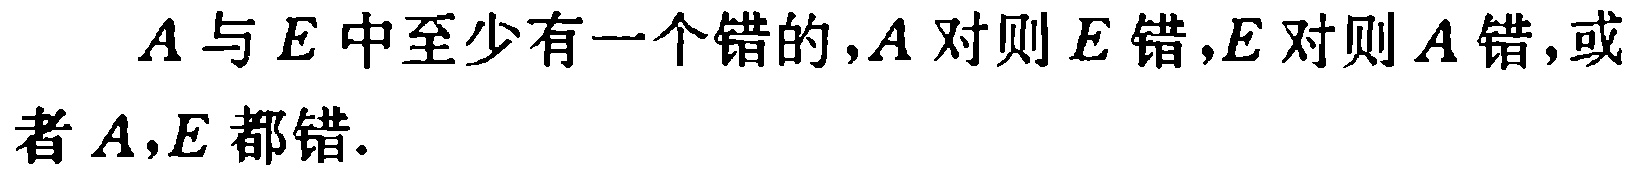
$A$与$E$中至少有一个错的,$A$对则$E$错,$E$对则$A$错,或者$A,E$都错.